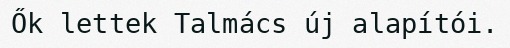
Ők lettek Talmács új alapítói.